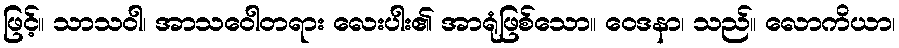
ဖြင့်။ သာသဝါ၊ အာသဝေါတရား လေးပါး၏ အာရုံဖြစ်သော။ ဝေဒနာ၊ သည်။ လောကိယာ၊